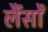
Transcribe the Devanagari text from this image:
लैंसोँ